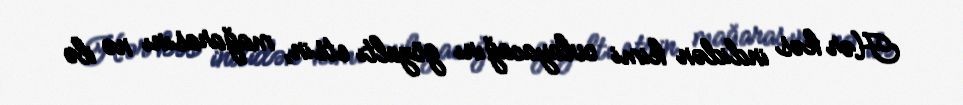
Hər kəs indidən kimi ovlayacağını gözaltı etsin, mağarasını nə ilə